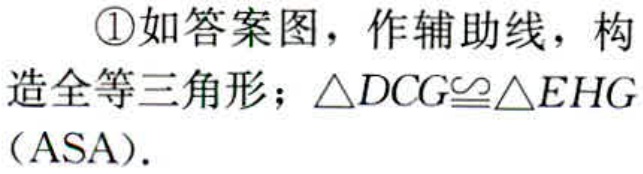
\textcircled{1}如答案图，作辅助线，构造全等三角形；\(\triangle DCG\cong\triangle EHG\)（ASA）.